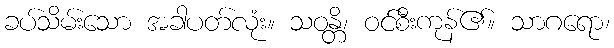
ခပ်သိမ်းသော အခါပတ်လုံး။ သဝန္တိ၊ ဝင်စီးကုန်၏။ သာဂရော၊